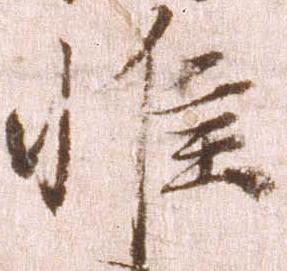
惟